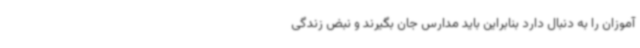
آموزان را به دنبال دارد بنابراین باید مدارس جان بگیرند و نبض زندگی